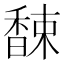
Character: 𲋮